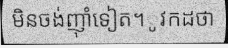
មិនចង់ញ៉ាំទៀត។ូវកដថា